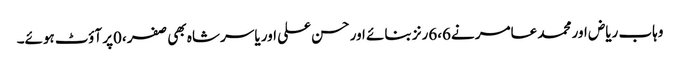
وہاب ریاض اور محمد عامر نے6،6رنز بنائے اور حسن علی اور یاسر شاہ بھی صفر ،0پر آؤٹ ہوئے۔